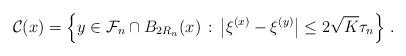
LaTeX: \begin{align*}\mathcal C(x) = \left\{ y \in \mathcal F_n \cap B_{2 R_n}(x) \, : \, \left| \xi^{(x)} - \xi^{(y)} \right| \leq 2 \sqrt K \tau_n \right\} \, .\end{align*}